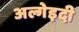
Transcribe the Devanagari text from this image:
अल्गेइदी